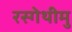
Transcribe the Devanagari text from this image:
रस्गेथीमु